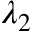
\lambda _ { 2 }